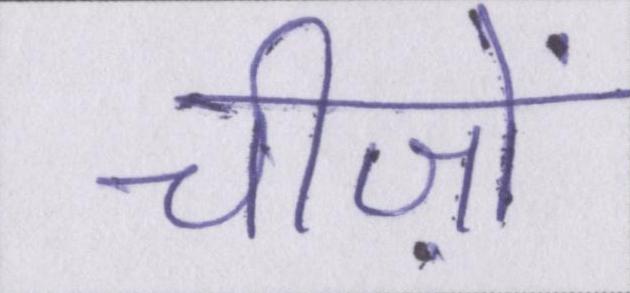
चीज़ों